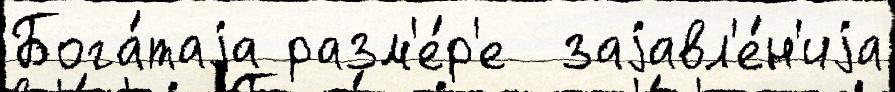
Бога́таjа разм'е́р'е  заjавл'е́н'иjа